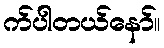
က်ပါတယ်နော်။